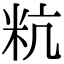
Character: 粇